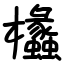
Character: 欚